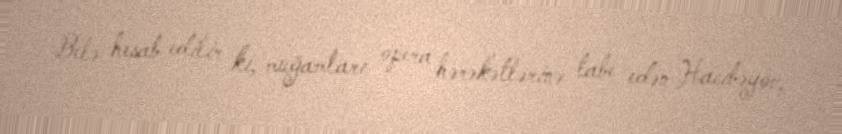
Belə hesab edilir ki, muğamları opera hərəkətlərinə tabe edən Hacıbəyov,